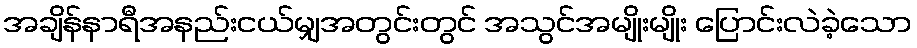
အချိန်နာရီအနည်းငယ်မျှအတွင်းတွင် အသွင်အမျိုးမျိုး ပြောင်းလဲခဲ့သော